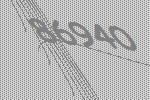
86940